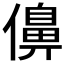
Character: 𠏿